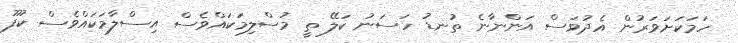
ހަމަކަށަވަރުން އެދުވަސް އަންނާނެ ތުނޑު ހަސަނު ކަލޭ ތީ މުސްލިމަކައްވެސް އިސްލާމަކައްވެސް ކުފޫ